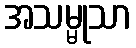
အသမ္မုသာ